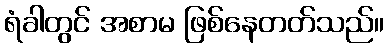
ရံခါတွင် အစာမ ဖြစ်နေတတ်သည်။